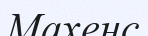
Махенс